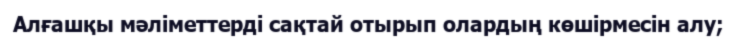
Алғашқы мәліметтерді сақтай отырып олардың көшірмесін алу;